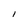
Character: I